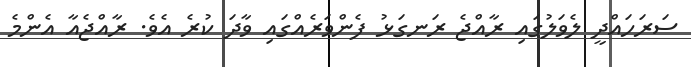
ސަރަހައްދީ ލެވަލުގައި ރާއްޖެ ރަނގަޅު ފެންވަރެއްގައި ވާދަ ކުރެ އެވެ. ރާއްޖެއާ އެންމެ